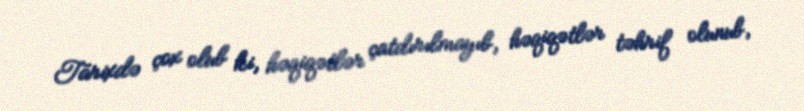
Tarixdə çox olub ki, həqiqətlər çatdırılmayıb, həqiqətlər təhrif olunub,